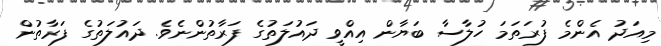
މިއަދު އެންމެ ފުރަތަމަ ހުލާސާ ބަޔާން އިއްވީ ދައުލަތުގެ ފަރާތުންނެވެ. ދައުލަތުގެ ފަރާތުން